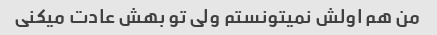
من هم اولش نمیتونستم ولی تو بهش عادت میکنی